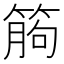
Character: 𥯷